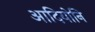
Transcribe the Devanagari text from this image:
आदियोनि